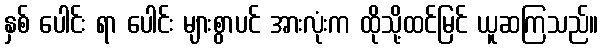
နှစ် ပေါင်း ရာ ပေါင်း များစွာပင် အားလုံးက ထိုသို့ထင်မြင် ယူဆကြသည်။